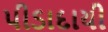
પીડાદાયી